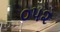
૦૫૨